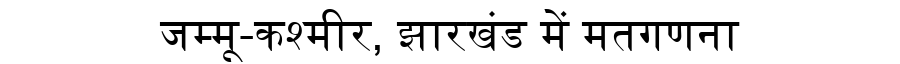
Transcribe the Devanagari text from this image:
जम्मू-कश्मीर, झारखंड में मतगणना